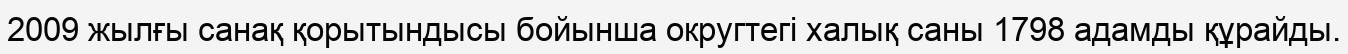
2009 жылғы санақ қорытындысы бойынша округтегі халық саны 1798 адамды құрайды.